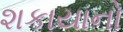
શકાયાનો